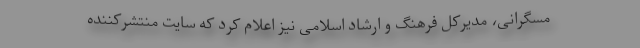
مسگرانی، مدیرکل فرهنگ و ارشاد اسلامی نیز اعلام کرد که سایت منتشرکننده